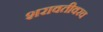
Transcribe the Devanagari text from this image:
शरावतीवरच